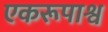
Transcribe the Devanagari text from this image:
एकरूपाश्व